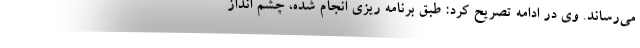
می‌رساند. وی در ادامه تصریح کرد: طبق برنامه ریزی انجام شده، چشم انداز